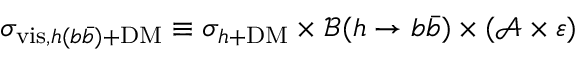
\sigma _ { \mathrm { v i s } , h ( b \bar { b } ) + \mathrm { D M } } \equiv \sigma _ { h + \mathrm { D M } } \times \mathscr { B } ( h \to b \bar { b } ) \times ( \mathscr { A } \times \varepsilon )